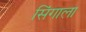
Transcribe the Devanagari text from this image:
सिंगाला